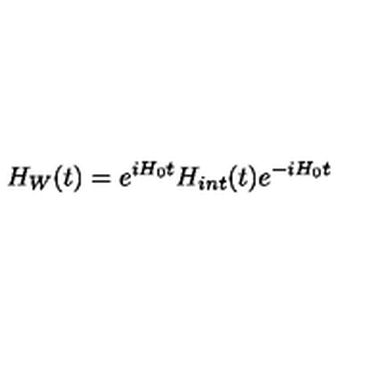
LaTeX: H _ { W } ( t ) = e ^ { i H _ { 0 } t } H _ { i n t } ( t ) e ^ { - i H _ { 0 } t }